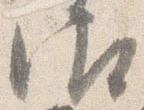
御